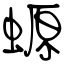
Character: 螈